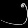
Digit: ၅